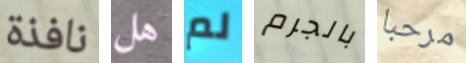
نافذة هل لم بالجرم مرحبا